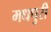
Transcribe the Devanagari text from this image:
मधपुरी